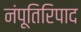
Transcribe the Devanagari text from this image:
नंपूतिरिपाद